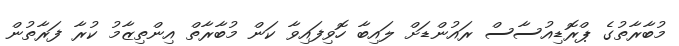
މުބާރާތުގެ ޕްރޮޑިއުސާސް ރައުންޑަށް ލައިބާ ހޮވިފައިވާ ކަން މުބާރާތް އިންތިޒާމު ކުރާ ފަރާތުން